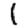
Digit: 1